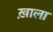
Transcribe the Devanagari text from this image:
ख़ाला